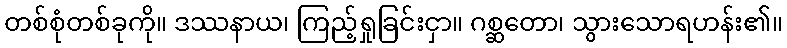
တစ်စုံတစ်ခုကို။ ဒဿနာယ၊ ကြည့်ရှုခြင်းငှာ။ ဂစ္ဆတော၊ သွားသောရဟန်း၏။